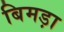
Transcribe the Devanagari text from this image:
बिमड़ा